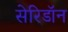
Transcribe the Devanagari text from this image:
सेरिडॉन